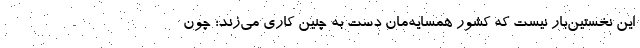
این نخستین‌بار نیست که کشور همسایه‌مان دست به چنین کاری می‌زند؛ چون